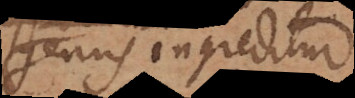
genus ingreditur